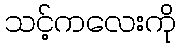
သင့်ကလေးကို